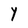
Character: Y